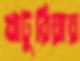
খাটুরিয়ায়